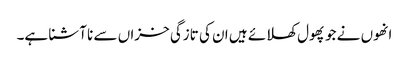
انھوں نے جو پھول کھلائے ہیں ان کی تازگی خزاں سے نا آشنا ہے۔